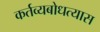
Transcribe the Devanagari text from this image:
कर्तव्यबोधत्यास